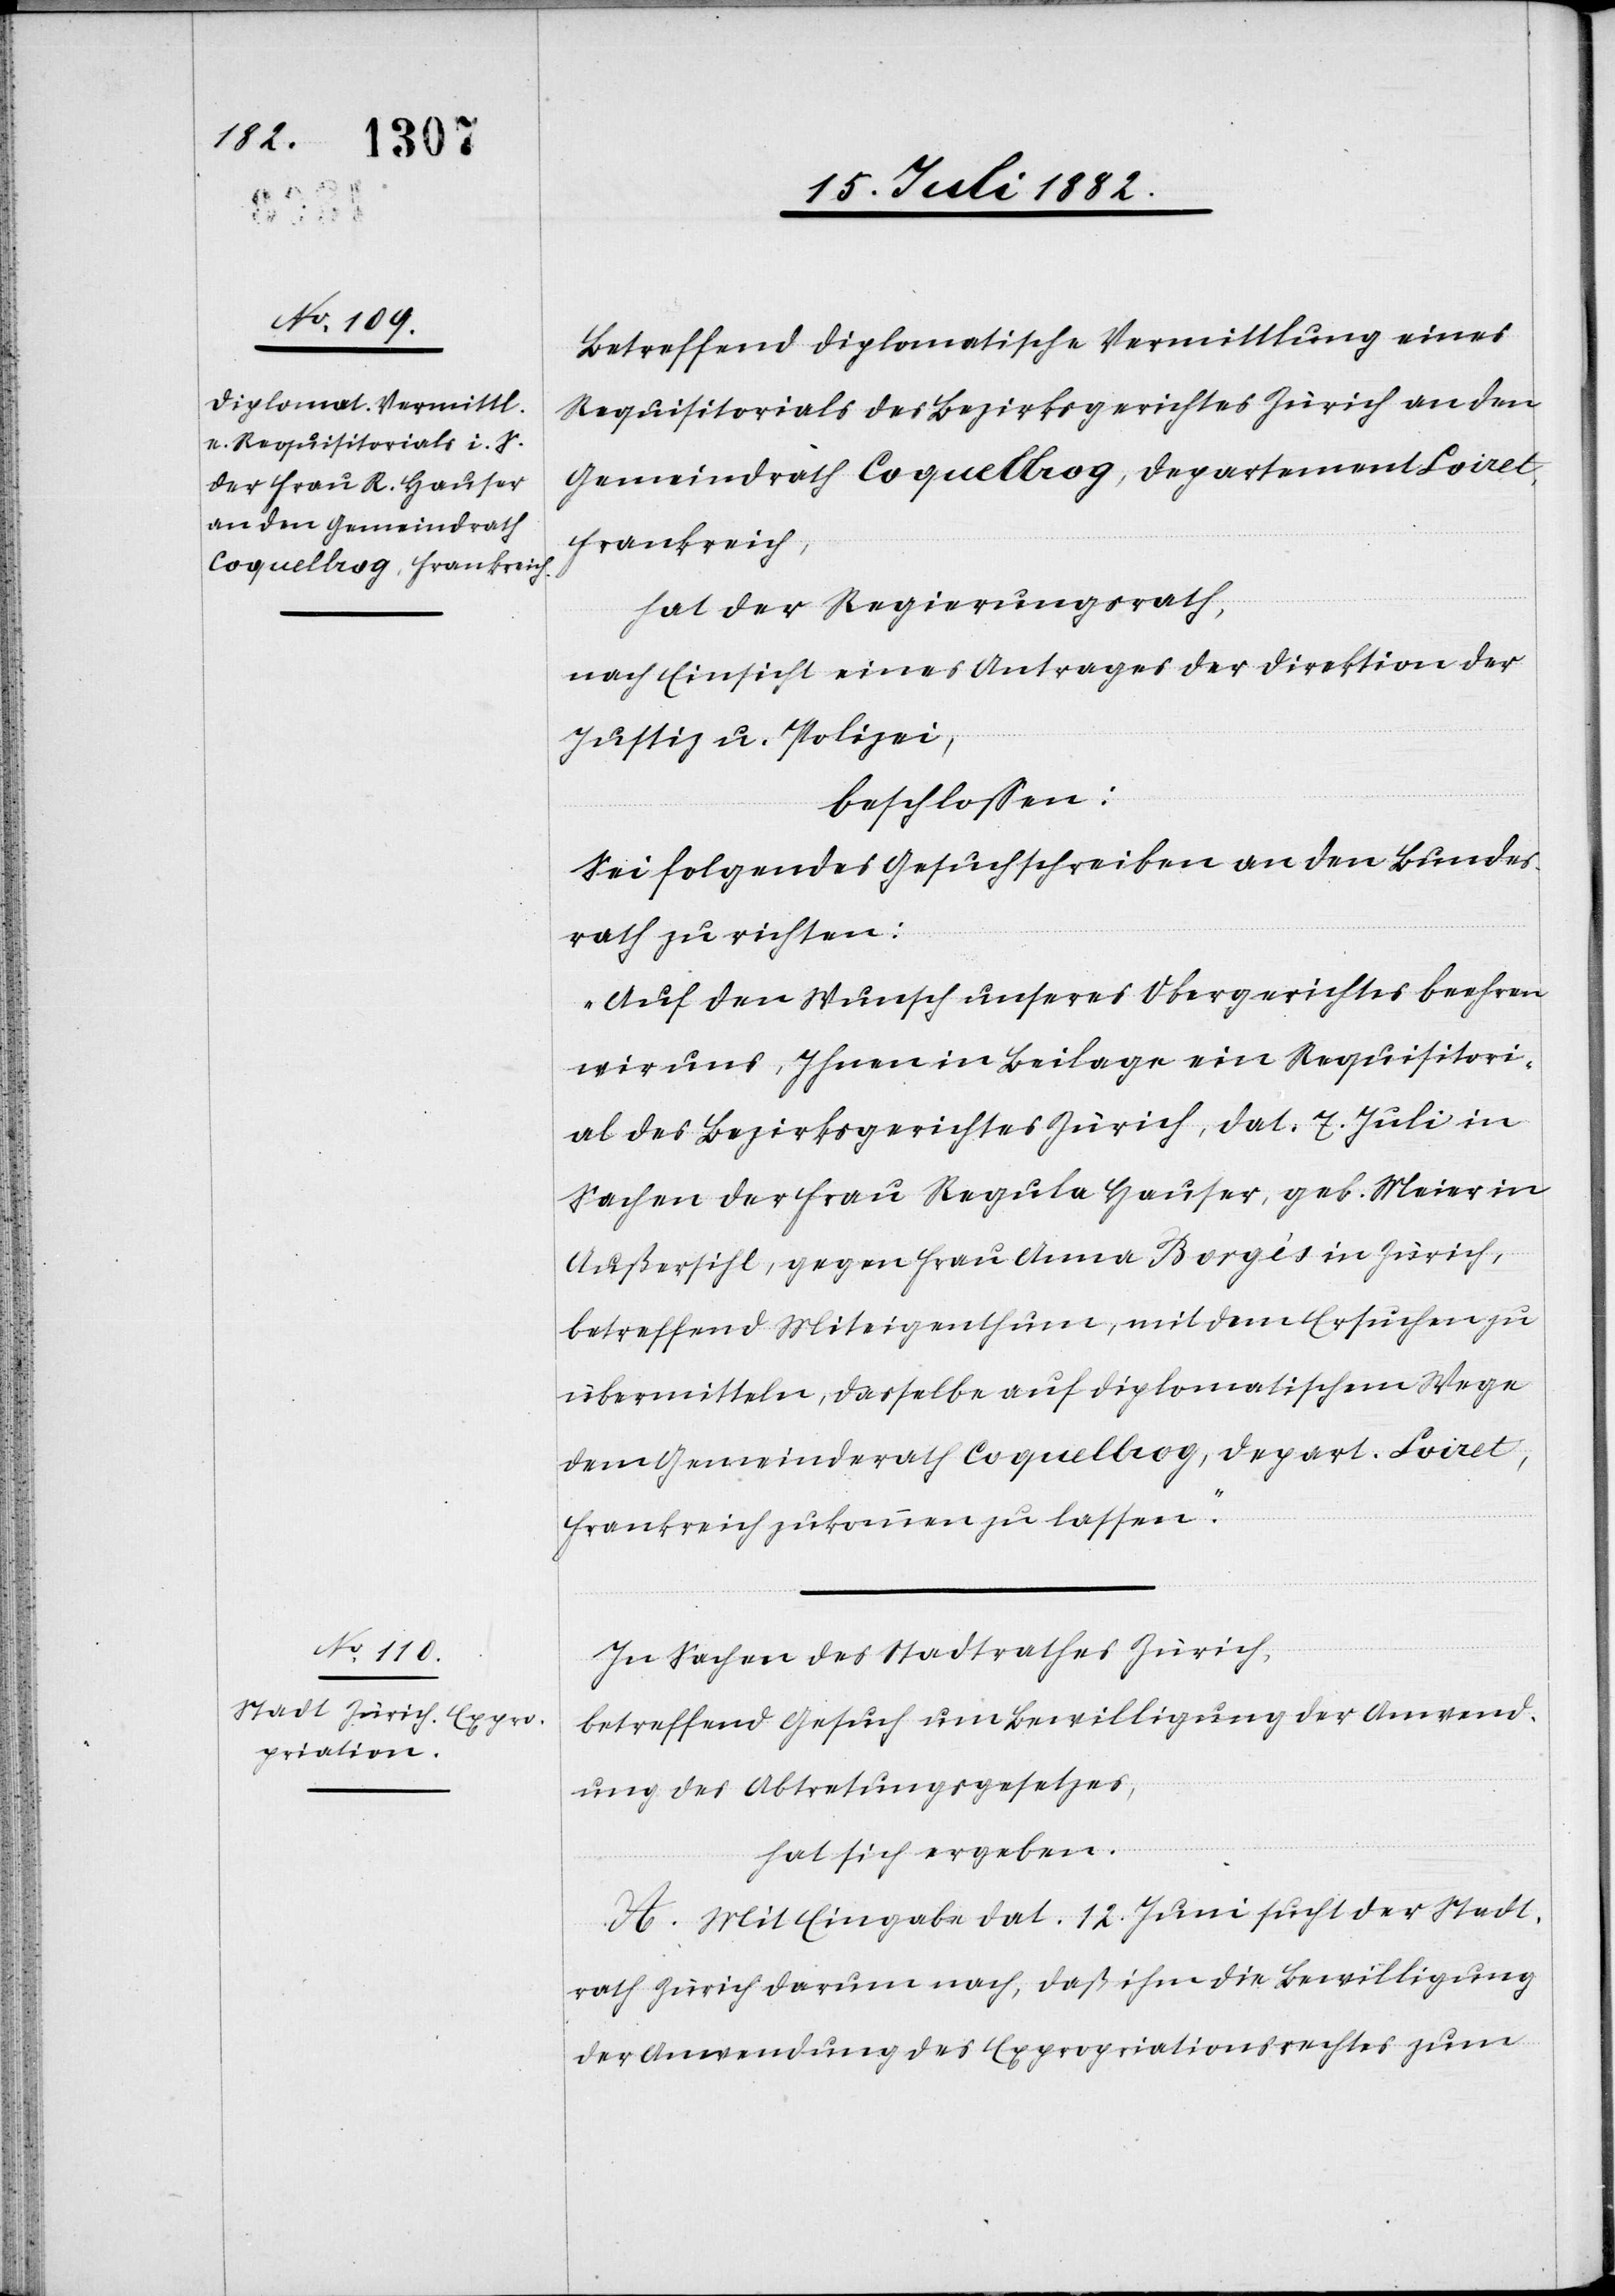
Betreffend diplomatische Vermittlung eines
Requisitorials des Bezirksgerichtes Zürich an den
Gemeindrath Coquelbog, Departement Loiret,
Frankreich,
hat der Regierungsrath,
nach Einsicht eines Antrages der Direktion der
Justiz & Polizei,
beschloßen:
Sei folgendes Gesuchschreiben an den Bundes¬
rath zu richten:
„Auf den Wunsch unseres Obergerichtes beehren
wir uns, Ihnen in Beilage ein Requisitori¬
al des Bezirksgerichtes Zürich, dat. 7. Juli in
Sachen der Frau Regula Hauser, geb. Meier in
Außersihl, gegen Frau Anna Borgès in Zürich,
betreffend Miteigenthum, mit dem Ersuchen zu
übermitteln, dasselbe auf diplomatischem Wege
dem Gemeindrath Coquelbog, Depart. Loiret,
Frankreich zukommen zu lassen.“
In Sachen des Stadtrathes Zürich,
betreffend Gesuch um Bewilligung der Anwend¬
ung des Abtretungsgesetzes,
hat sich ergeben:
A. Mit Eingabe dat. 12. Juni sucht der Stadt¬
rath Zürich darum nach, daß ihm die Bewilligung
der Anwendung des Expropriationsrechtes zum